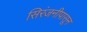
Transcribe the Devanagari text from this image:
सिरंजनीपासून